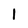
Character: 1